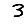
Digit: 3